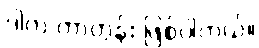
ဒါက ကာတွန်း ဖြစ်ပါတယ်။